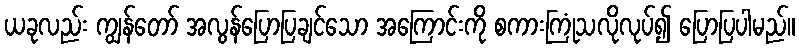
ယခုလည်း ကျွန်တော် အလွန်ပြောပြချင်သော အကြောင်းကို စကားကြုံသလိုလုပ်၍ ပြောပြပါမည်။